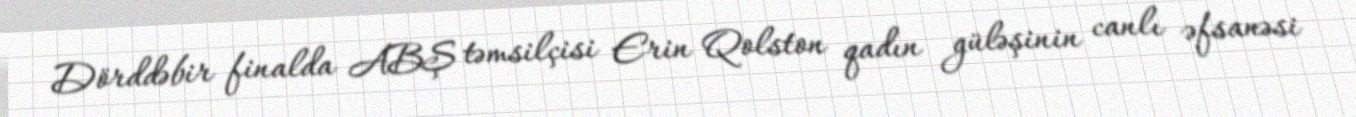
Dörddəbir finalda ABŞ təmsilçisi Erin Qolston qadın güləşinin canlı əfsanəsi